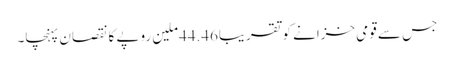
جس سے قومی خزانے کو تقریبا44.46ملین روپے کا نقصان پہنچا۔